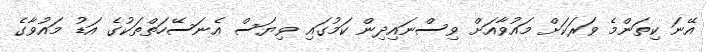
އޭނަ ކިތަންމެ ވަރަކަށް މައުވާއަށް ވިސްނައިދިން ކަމުގައި ވިޔަސް އެނަސޭހަތްތަކުގެ އަޑު މައުވާގެ